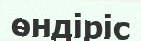
өндіріс